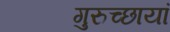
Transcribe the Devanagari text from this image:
गुरुच्छायां